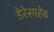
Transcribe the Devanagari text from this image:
डेरेसाहेब